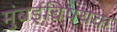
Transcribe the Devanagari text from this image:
मुंबईविषयक